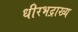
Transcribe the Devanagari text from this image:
धीरभद्राख्य